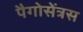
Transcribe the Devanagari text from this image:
पैगोसेंत्रस